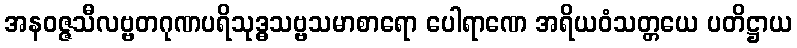
အနဝဇ္ဇသီလဗ္ဗတဂုဏပရိသုဒ္ဓသဗ္ဗသမာစာရော ပေါရာဏေ အရိယဝံသတ္တယေ ပတိဋ္ဌာယ